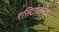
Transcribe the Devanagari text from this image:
एसिटोजेनिक